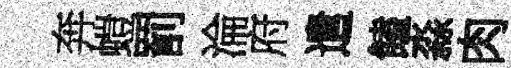
奔螘罰淪府遣饁淼肉